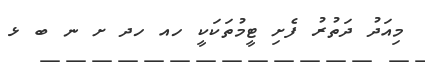
މިއަދު ދަތުރު ފެށި ޓީމުތަކަކީ ހއ ހދ ށ ނ ބ ޅ